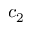
c _ { 2 }